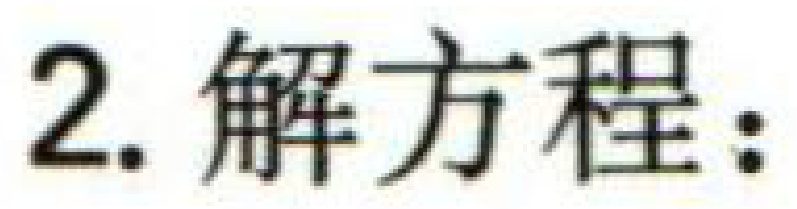
2. 解方程：